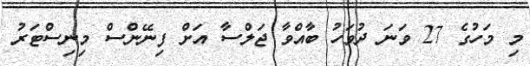
މި މަހުގެ 27 ވަނަ ދުވަހު ބާއްވާ ޖަލްސާ އަށް ފިނޭންސް މިނިސްޓަރު